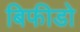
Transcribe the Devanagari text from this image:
बिफीडो